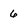
Character: 6